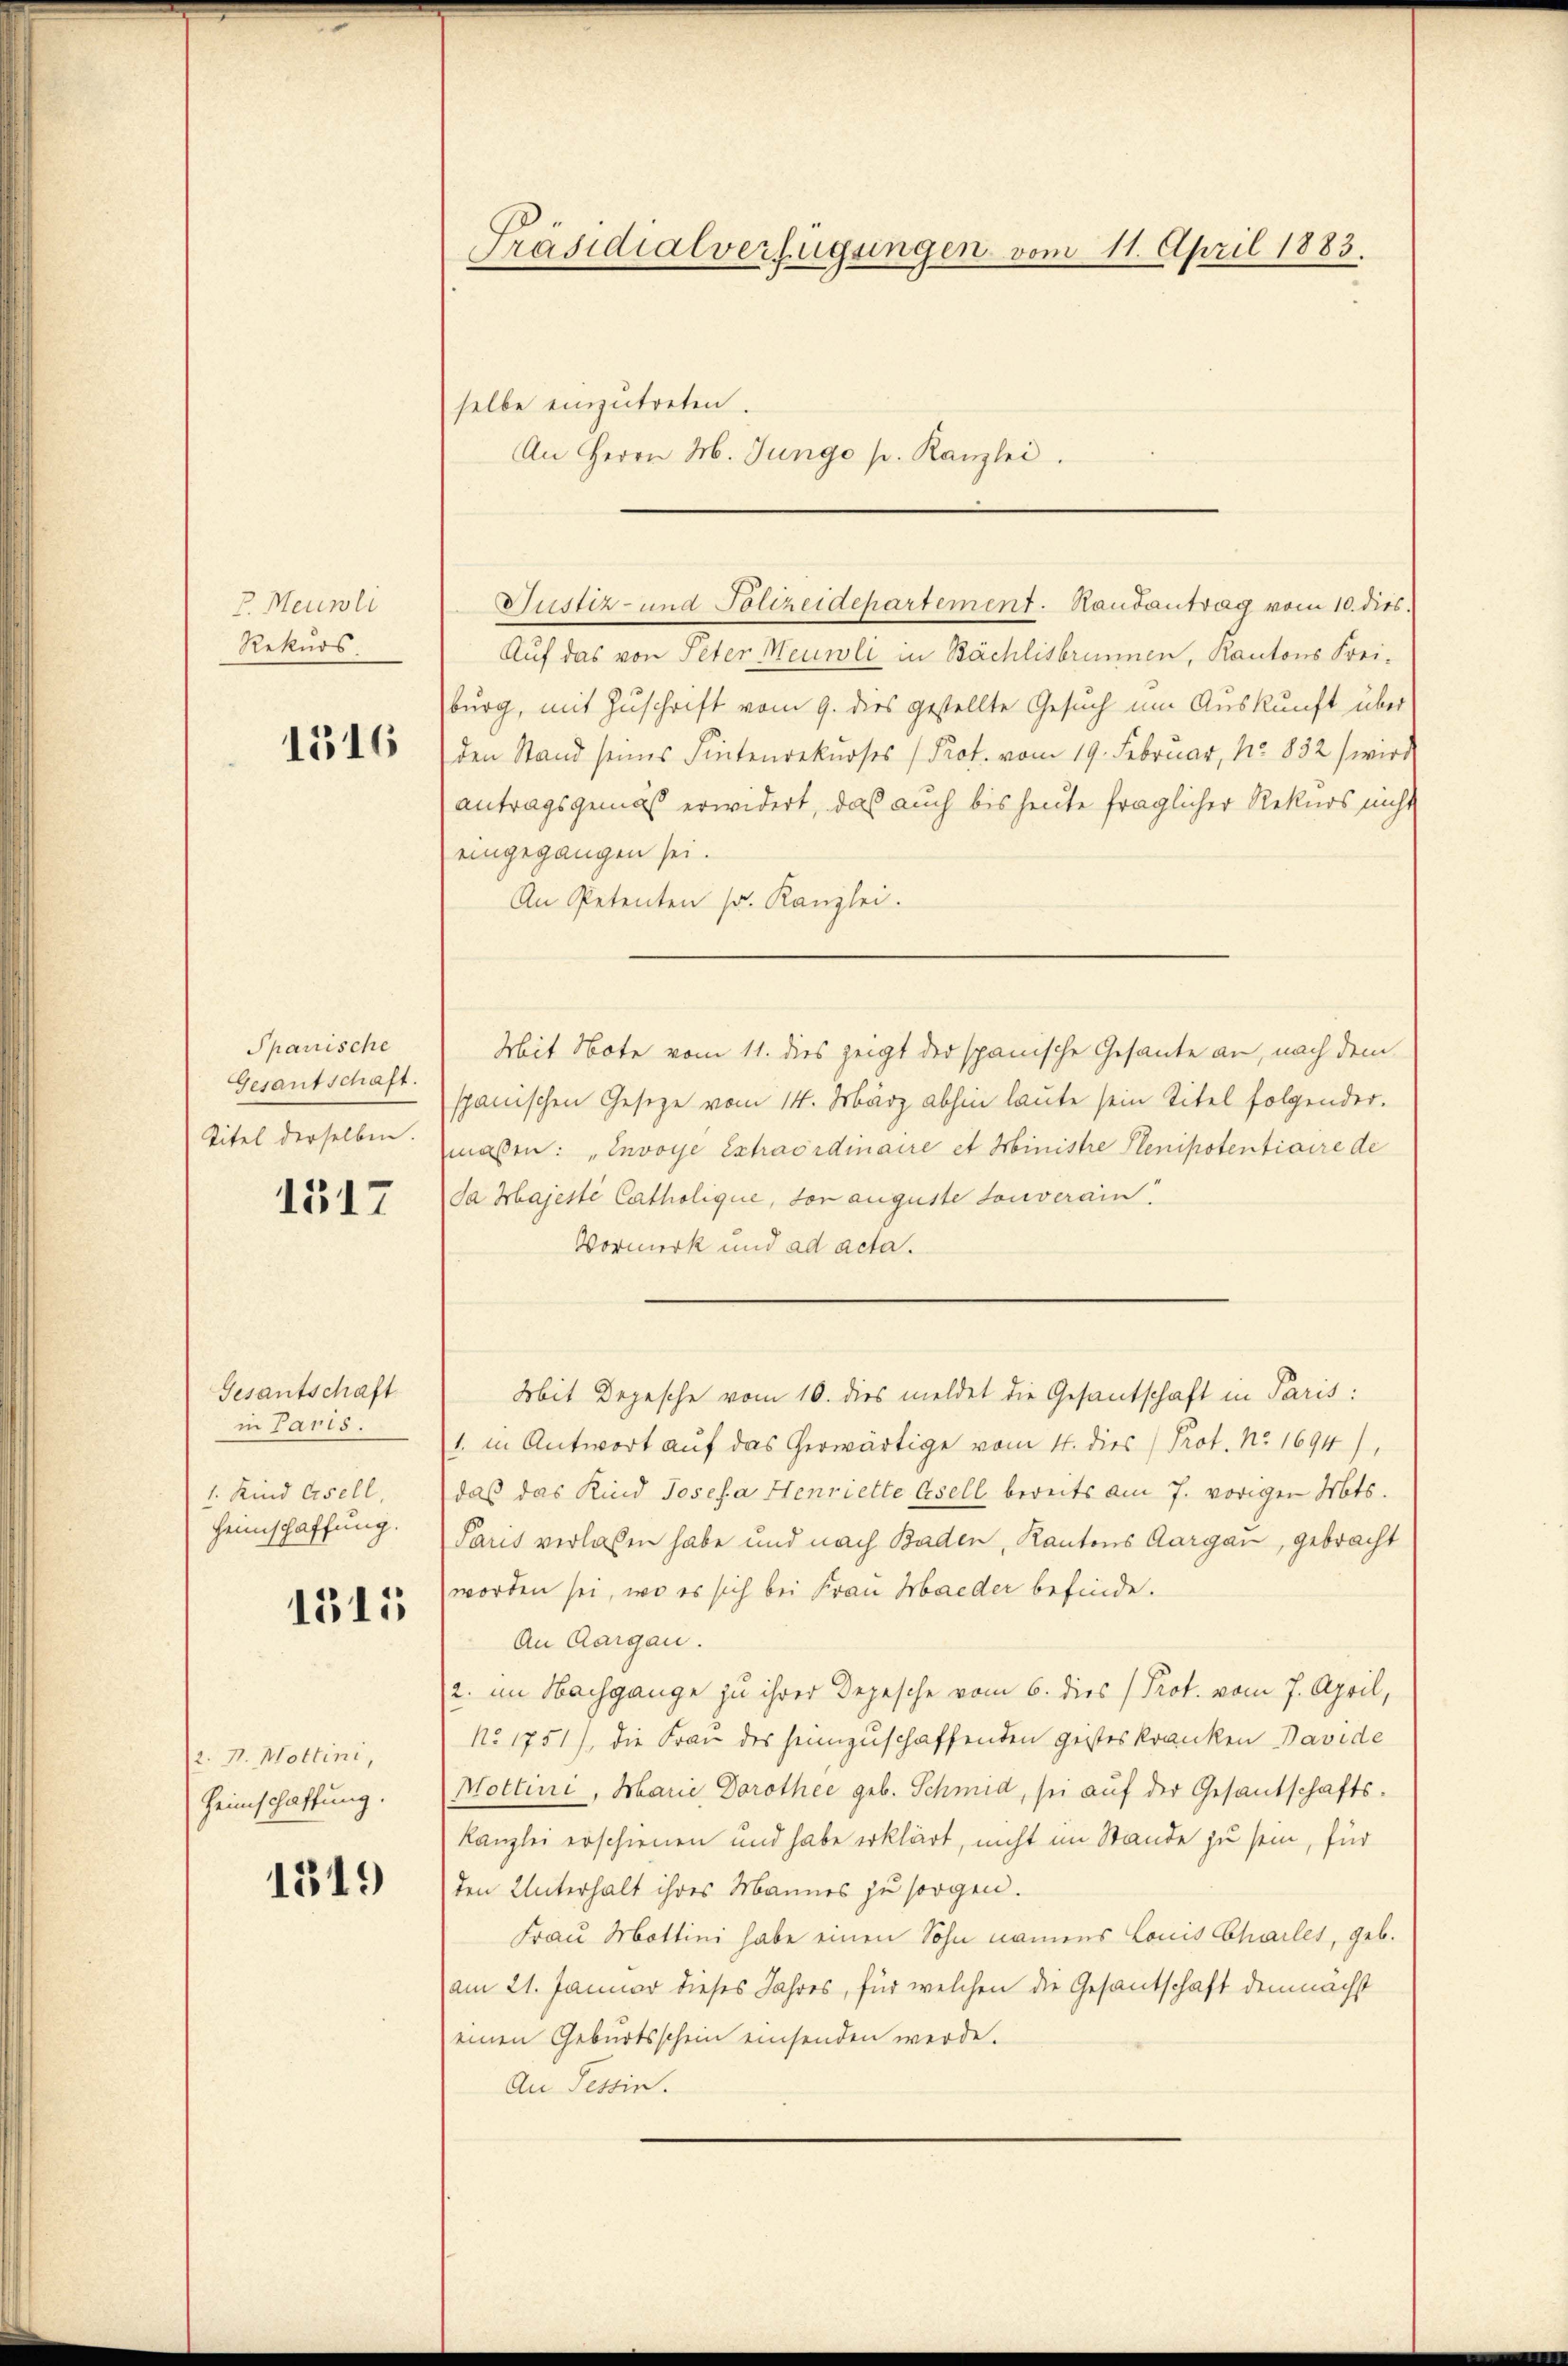
v. Meurli
Rekurs

1316

Spanische
Gesantschaft.
Titel derselben.

1517

Gesantschaft
in Paris.
1. Kind Asell,
Heimschaffung.

1515

2. p. Mottini,
Heimschaftung.

1519

Präsidialverfügungen vom 11. April 1883.
selbe einzutreten.
An Herrn M. Junge p. Kanzlei.

Auf das von Peter Meuwli in Bächlisbrunnen, Kantons Freiburg, mit Zuschrift vom 9. dies gestellte Gesuch um Auskunft über
den Stand seines Hintenrekurses (Prof. vom 19. Februar, No. 832 wird
antragsgemäß erwidert, daß auch bis heute fraglicher Rekurs nicht
eingegangen sei.
An Petenten sr. Kanzlei.
Mit Note vom 11. dies zeigt der spanische Gesante an, nach dem
spanischen Gesetze vom 14. März abhin laute sein Titel folgender.
maßen: „Invoyé Extraordinaire et Ministre Plenipotentiaire de
da Majeste Catholique, vor auguste souverain
Vormerk und ad acta.
Mit Depesche vom 10. dies meldet die Gesantschaft in Paris:
1. in Antwort auf das Gerwärtige vom 4. dies (Prot. No. 1694),
daß das Kind Josefa Henriette Gesell bereits am 7. vorigen Mts.
Paris verlaßen habe und nach Baden, Kantons Aargau, gebracht
worden sei, wo es sich bei Frau Haeder befinde.
An Aargau.
2. im Nachgange zu ihrer Depesche vom 6. dies (Prot. vom 7. April,
No. 1751), die Frau des heimzuschaffenden geisteskranken Davide
Mottini, Marie Dorothee geb. Schmid, sei auf der Gesandschafts-
Kanzlei erschienen und habe erklärt, nicht im Stande zu sein, für
den Unterhalt ihres Mannes zu sorgen.
Frau Mottini habe einen Sohn namens Louis Chailes, geb.
am 21. Januar dieses Jahres, für welchen die Gesandtschaft demnächst
einen Geburtsschein einsenden werde.
An Tessin.

Justiz- und Polizeidepartement. Handantrag vom 10. dies.